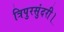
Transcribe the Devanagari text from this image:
त्रिपुरसुंदरी।